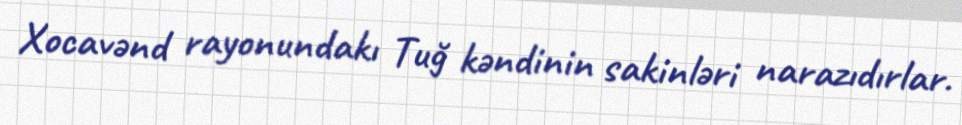
Xocavənd rayonundakı Tuğ kəndinin sakinləri narazıdırlar.